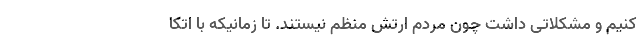
کنیم و مشکلاتی داشت چون مردم ارتش منظم نیستند. تا زمانیکه با اتکا